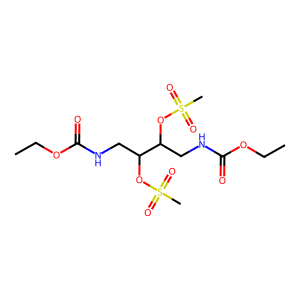
SMILES: CCOC(=O)NCC(OS(C)(=O)=O)C(CNC(=O)OCC)OS(C)(=O)=O
Inhibits HIV replication: No